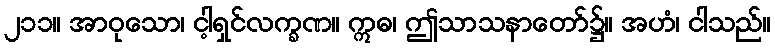
၂၁၁။ အာဝုသော၊ ငါ့ရှင်လက္ခဏ။ ဣဓ၊ ဤသာသနာတော်၌။ အဟံ၊ ငါသည်။